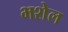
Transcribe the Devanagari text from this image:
भशेल